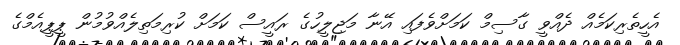
އެހީތެރިކަމެއް ދެއްވީ ގާސިމް ކަމަށްވެފައި އޭނާ މަޖިލީހުގެ ރައީސް ކަމަށް ކުރިމަތިލެއްވުމުން ޕީޕީއެމްގެ